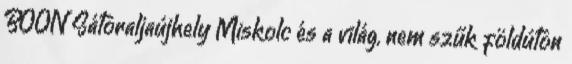
BOON Sátoraljaújhely Miskolc és a világ, nem szűk földúton